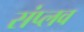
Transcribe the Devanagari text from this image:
संप्लव